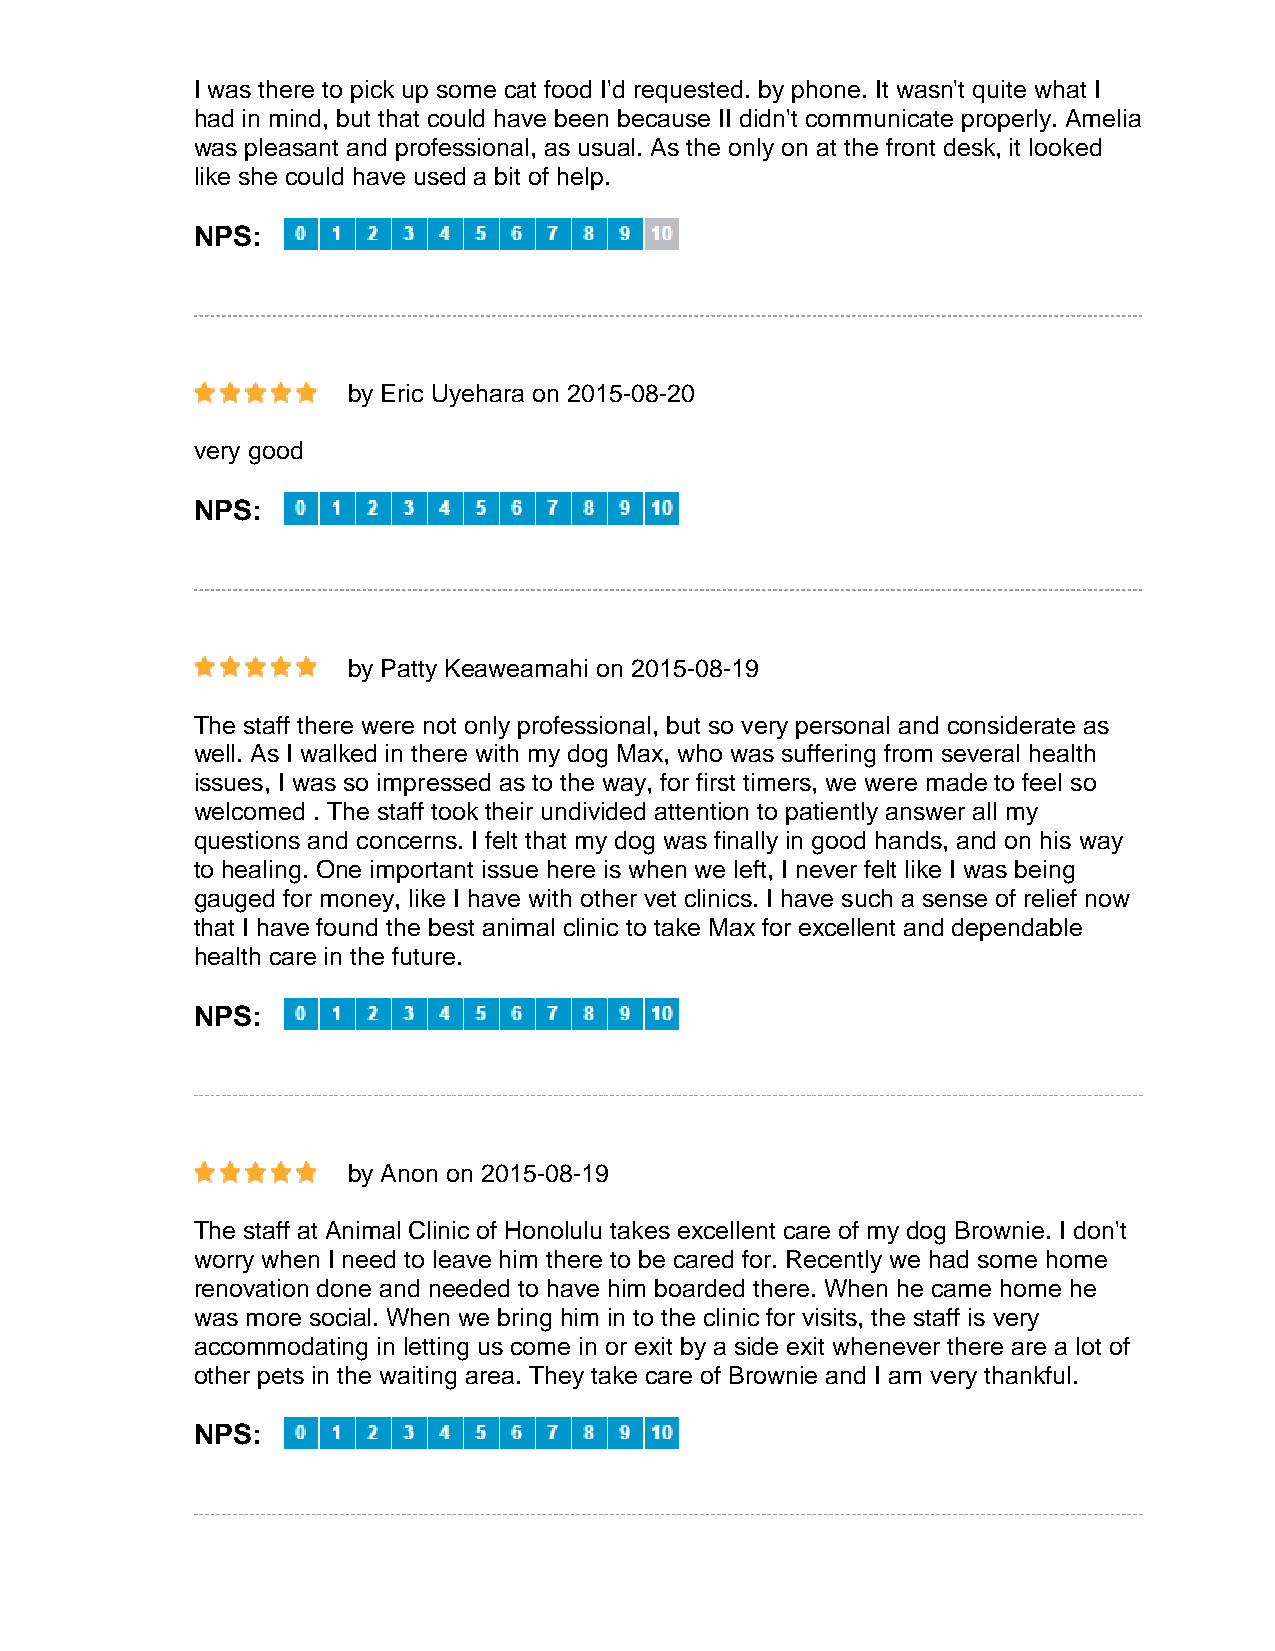
I was there to pick up some cat food I'd requested. by phone. It wasn't quite what I
 had in mind, but that could have been because II didn't communicate properly. Amelia
 was pleasant and professional, as usual. As the only on at the front desk, it looked
 like she could have used a bit of help.
 NPS:
 by Eric Uyehara on 2015-08-20
 very good
 NPS:
 by Patty Keaweamahi on 2015-08-19
 The staff there were not only professional, but so very personal and considerate as
 well. As I walked in there with my dog Max, who was suffering from several health
 issues, I was so impressed as to the way, for first timers, we were made to feel so
 welcomed . The staff took their undivided attention to patiently answer all my
 questions and concerns. I felt that my dog was finally in good hands, and on his way
 to healing. One important issue here is when we left, I never felt like I was being
 gauged for money, like I have with other vet clinics. I have such a sense of relief now
 that I have found the best animal clinic to take Max for excellent and dependable
 health care in the future.
 NPS:
 by Anon on 2015-08-19
 The staff at Animal Clinic of Honolulu takes excellent care of my dog Brownie. I don't
 worry when I need to leave him there to be cared for. Recently we had some home
 renovation done and needed to have him boarded there. When he came home he
 was more social. When we bring him in to the clinic for visits, the staff is very
 accommodating in letting us come in or exit by a side exit whenever there are a lot of
 other pets in the waiting area. They take care of Brownie and I am very thankful.
 NPS: